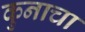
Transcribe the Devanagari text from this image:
कुनाचा